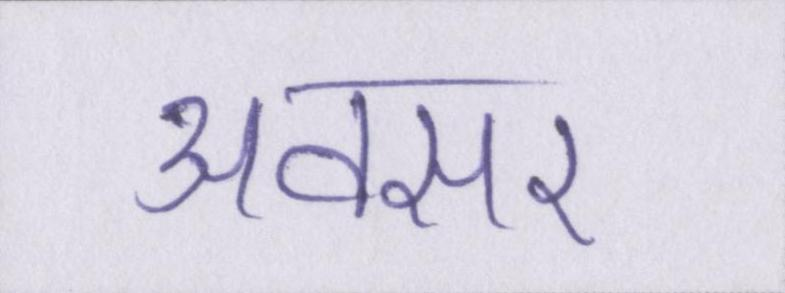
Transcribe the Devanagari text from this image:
अवसर